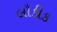
લૌકીક